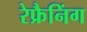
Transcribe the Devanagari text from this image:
रेफ्रैनिंग